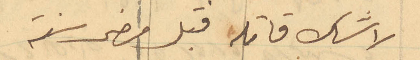
لا شك قاتله قبل مضي سنة